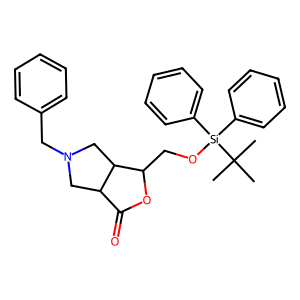
SMILES: CC(C)(C)[Si](OCC1OC(=O)C2CN(Cc3ccccc3)CC12)(c1ccccc1)c1ccccc1
Inhibits HIV replication: No